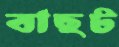
বাছট